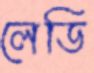
লেডি